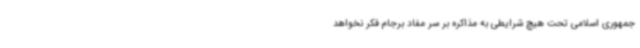
جمهوری اسلامی تحت هیچ شرایطی به مذاکره بر سر مفاد برجام فکر نخواهد